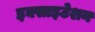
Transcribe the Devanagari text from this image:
इक्साइटेशन